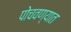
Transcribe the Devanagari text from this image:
पोचवण्यात